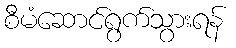
စီမံဆောင်ရွက်သွားရန်